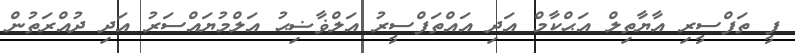
ފީ ތަފްސީރި އާޔާތިލް އަޙްކާމް އަދި އައްތަފްސީރު އަލްޥާޟިޙު އަލްމުޔައްސަރު އަދި ދުއްރަތުން